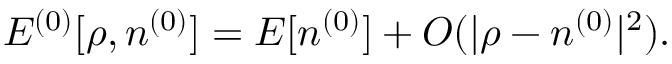
{ \cal E } ^ { ( 0 ) } [ \rho , n ^ { ( 0 ) } ] = E [ n ^ { ( 0 ) } ] + { \cal O } ( \vert \rho - n ^ { ( 0 ) } \vert ^ { 2 } ) .